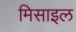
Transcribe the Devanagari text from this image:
मिसाइल